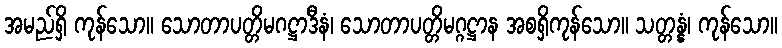
အမည်ရှိ ကုန်သော။ သောတာပတ္တိမဂဋ္ဌာဒီနံ၊ သောတာပတ္တိမဂ္ဂဋ္ဌာန အစရှိကုန်သော။ သတ္တန္နံ၊ ကုန်သော။